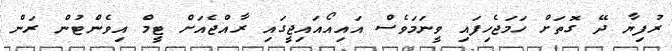
ރުފިޔާ ދޭ ގޮތަށް ހަމަޖެހިފައި ވީނަމަވެސް އައިއޯއައިޖީގައި ރާއްޖެއަށް ޓީމް އިވެންޓުން ރަން